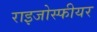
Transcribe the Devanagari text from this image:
राइजोस्फीयर